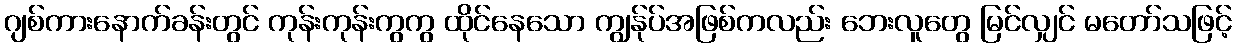
ဂျစ်ကားနောက်ခန်းတွင် ကုန်းကုန်းကွကွ ထိုင်နေသော ကျွန်ုပ်အဖြစ်ကလည်း ဘေးလူတွေ မြင်လျှင် မတော်သဖြင့်